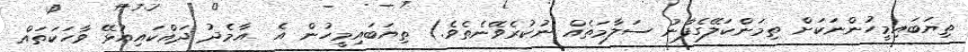
ތިޔަބައިމީހުންނަކަށް ތިމަންކަލޭގެފާނު ސަލާމަތެއް ނުކުރެވޭނެތެވެ.) ތިޔަބައިމީހުން އެ  އާމެދު ދައްކައިއުޅޭ ވާހަކަތައް